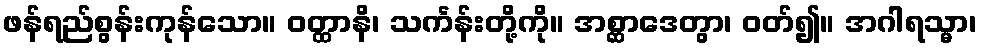
ဖန်ရည်စွန်းကုန်သော။ ဝတ္ထာနိ၊ သင်္ကန်းတို့ကို။ အစ္ဆာဒေတွာ၊ ဝတ်၍။ အဂါရသ္မာ၊